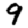
Digit: 9